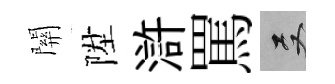
關陞滸罵双